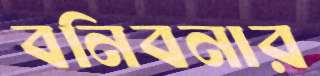
বনিবনার